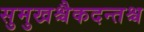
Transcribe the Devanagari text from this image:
सुमुखश्चैकदन्तश्च